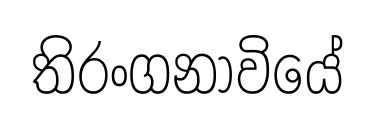
තිරංගනාවියේ